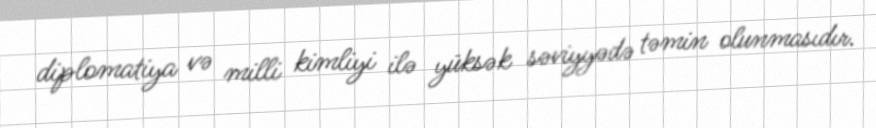
diplomatiya və milli kimliyi ilə yüksək səviyyədə təmin olunmasıdır.